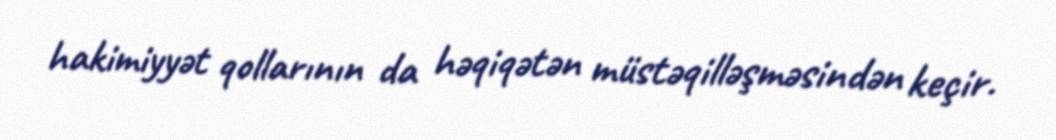
hakimiyyət qollarının da həqiqətən müstəqilləşməsindən keçir.